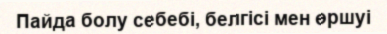
Пайда болу себебі, белгісі мен өршуі